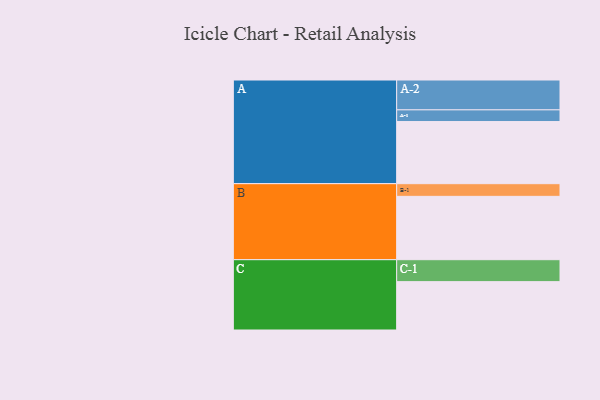
{"axis": {"x": "Segment", "y": "Value"}, "legend": ["", "A", "B", "C"], "data": [{"x": "A", "y": 510, "type": ""}, {"x": "B", "y": 520, "type": ""}, {"x": "C", "y": 397, "type": ""}, {"x": "A-1", "y": 96, "type": "A"}, {"x": "A-2", "y": 245, "type": "A"}, {"x": "B-1", "y": 104, "type": "B"}, {"x": "C-1", "y": 180, "type": "C"}]}